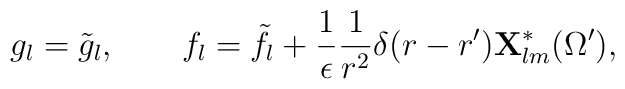
g_l=\tilde g_l,\qquad f_l=\tilde f_l+{1\over\epsilon}{1\over r^2}\delta(r-r'){\bf X}^*_{lm}(\Omega'),